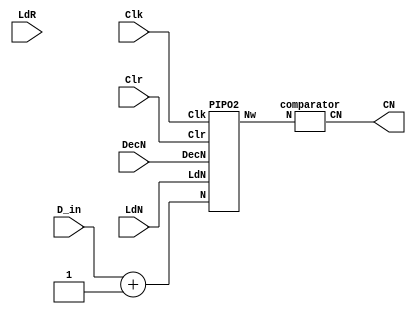
module factorial_datapath (CN, LdN, LdR, Clr, DecN, D_in, Clk);

  input LdN, LdR, DecN, Clr, Clk;
  output CN;
  input [7:0] D_in;
  wire [15:0] Rw, mul_out;
  wire [7:0] Nw;
  wire [7:0] d;

  assign d = D_in + 1;
  // initial d

  PIPO1 reg_R(Clk, LdR, Clr, mul_out, Rw);
  PIPO2 reg_N(Clk, LdN, Clr, DecN, d, Nw);
  MUL m(Nw, Rw, mul_out);
  comparator c(Nw,CN);

endmodule

module factorial_ctrlpath (LdN, LdR, Clr, DecN, Stop, Clk, CN, Start);
  
  output reg LdN, LdR, DecN, Clr, Stop;
  input Clk, CN, Start;
  parameter S0 = 0, S1 = 1, S2 = 2, S3 = 3; // FSM has 5 states
  reg [1:0] state;

  always @(posedge Clk) begin
    case (state)

      S0: if(Start) state <= S1;

      S1: state <= S2;

      S2: #2 if(CN) state <= S3;

      S3: state <= S3;

      default: state <= S0;

    endcase

  end

  always @(state) begin
    case (state)

      S0: begin #1 LdN = 0; LdR = 0; Clr = 1; DecN = 0; Stop = 0; end
 
      S1: begin #1 LdN = 1; LdR = 0; Clr = 0; DecN = 0; Stop = 0; end

      S2: begin #1 LdN = 0; LdR = 1; Clr = 0; DecN = 1; Stop = 0; end

      S3: begin #1 LdN = 0; LdR = 0; Clr = 0; DecN = 0; Stop = 1; end

      default: begin #1 LdN = 0; LdR = 0; Clr = 0; DecN = 0; Stop = 0; end
    endcase
  end

endmodule

module comparator(N,CN);
  input [7:0] N;
  output CN;
  assign CN = (N>1)?0:1;
endmodule

module PIPO2(Clk,LdN,Clr, DecN, N, Nw);
  input Clk, LdN, Clr, DecN;
  input [7:0] N;
  output reg [7:0] Nw;

  always @(posedge Clk) begin
    if(LdN) Nw <= N;
  end

  always @(negedge Clk) begin
    if(Clr) Nw <= 0;
    else if (DecN) Nw <= Nw - 1;
  end

endmodule

module PIPO1(Clk, LdR, Clr, R, Rw);
  input Clk, Clr, LdR;
  input [15:0] R;
  output reg [15:0] Rw;

  always @(posedge Clk) begin
    if(LdR) Rw <= R;
  end
  always @(negedge Clk) begin
    if(Clr) Rw <= 1;
  end
endmodule

module MUL(N, R, mul_out);
  input [7:0] N;
  input [15:0] R;
  output reg [15:0] mul_out;
  
  always @(*)
    mul_out = N * R;

endmodule